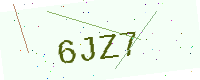
Text: 6JZ7